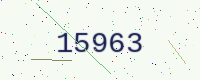
Text: 15963